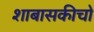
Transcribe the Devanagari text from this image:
शाबासकीचो